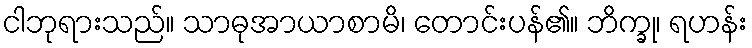
ငါဘုရားသည်။ သာဓုအာယာစာမိ၊ တောင်းပန်၏။ ဘိက္ခု၊ ရဟန်း